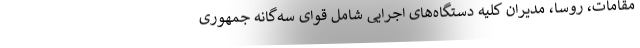
مقامات، روسا، مدیران کلیه دستگاه‌های اجرایی شامل قوای سه‌گانه جمهوری